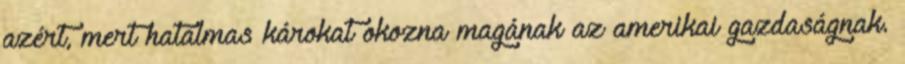
azért, mert hatalmas károkat okozna magának az amerikai gazdaságnak.